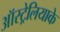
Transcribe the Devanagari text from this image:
ऑस्ट्रेलियाके